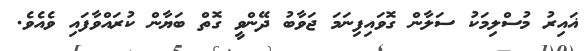
ޣައިރު މުސްލިމަކު ސަލާން ގޮވައިފިނަމަ ޖަވާބު ދޭންވީ ގޮތް ބަޔާން ކުރައްވާފައި ވެއެވެ.